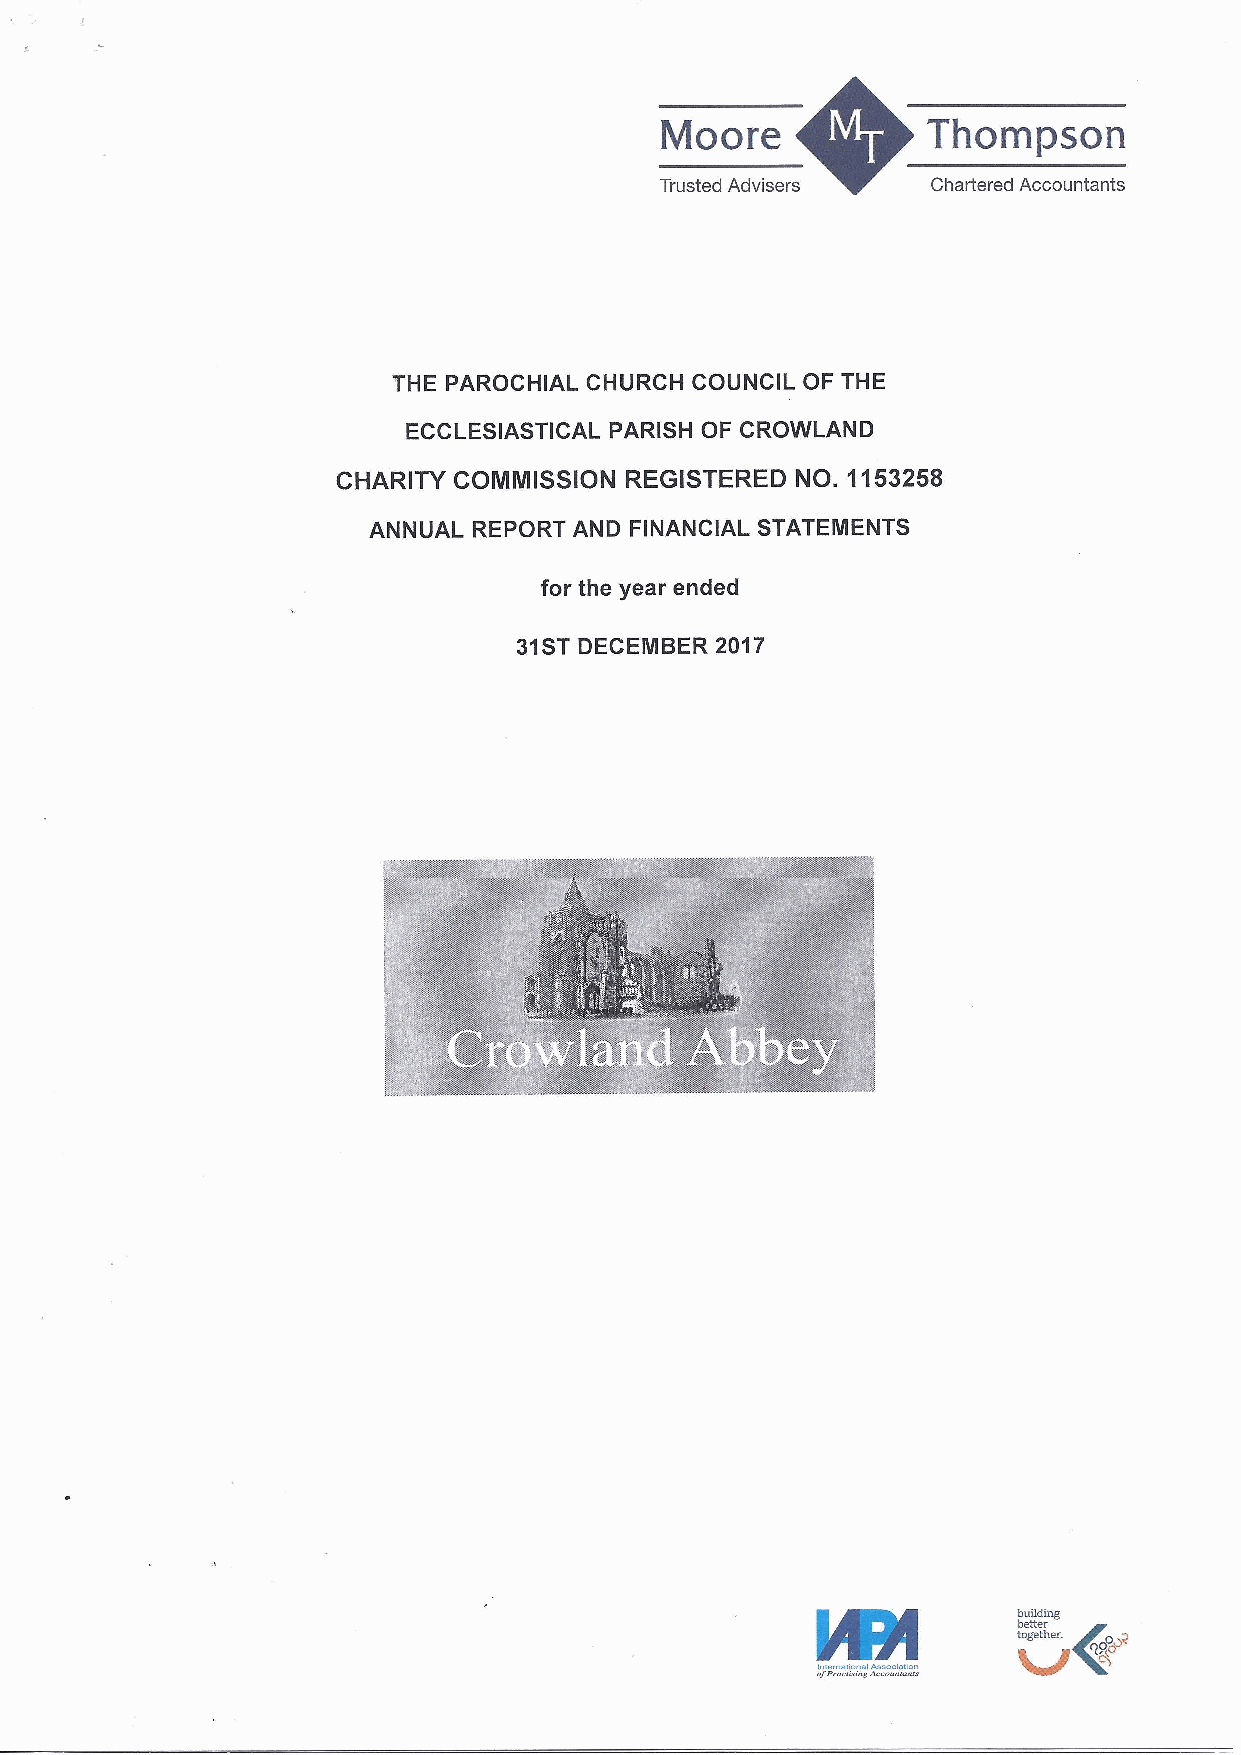
Moore            Thompson
 Trusted Advisers  Chartered Accountants
 THE PAROCHIAL CHURCH COUNCIL OF THE
 ECCLESIASTICAL PARISH OF CROWLAND
 CHARITY COMMISSION REGISTERED  NO. 1153258
 ANNUAL REPORT AND FINANCIAL STATEMENTS
 for the year ended
 31STDECEMBER 2017
 building
 better
 together.